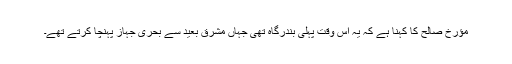
مؤرخ صالح کا کہنا ہے کہ یہ اُس وقت پہلی بندرگاہ تھی جہاں مشرق بعید سے بحری جہاز پہنچا کرتے تھے۔